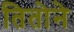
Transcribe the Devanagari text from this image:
तितोने